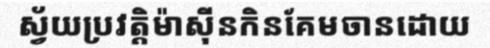
ស្វ័យប្រវត្តិម៉ាស៊ីនកិនគែមចានដោយ